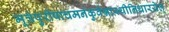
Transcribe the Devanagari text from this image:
मूत्रंपुरीषाचमनंकुर्वन्नास्थीनिधारयेत्